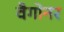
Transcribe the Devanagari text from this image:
वैगोनर